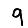
Digit: 9